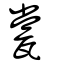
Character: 瓽